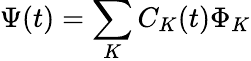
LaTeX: \Psi(t)=\sum_{K}C_{K}(t)\Phi_{K}